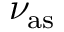
\nu _ { \mathrm { a s } }